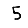
Digit: 5